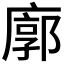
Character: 廓